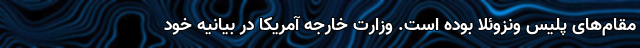
مقام‌های پلیس ونزوئلا بوده است. وزارت خارجه آمریکا در بیانیه خود